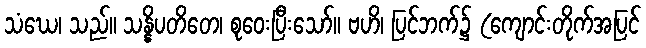
သံဃေ၊ သည်။ သန္နိပတိတေ၊ စုဝေးပြီးသော်။ ဗဟိ၊ ပြင်ဘက်၌ (ကျောင်းတိုက်အပြင်